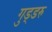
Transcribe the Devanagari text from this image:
गुड्डरु